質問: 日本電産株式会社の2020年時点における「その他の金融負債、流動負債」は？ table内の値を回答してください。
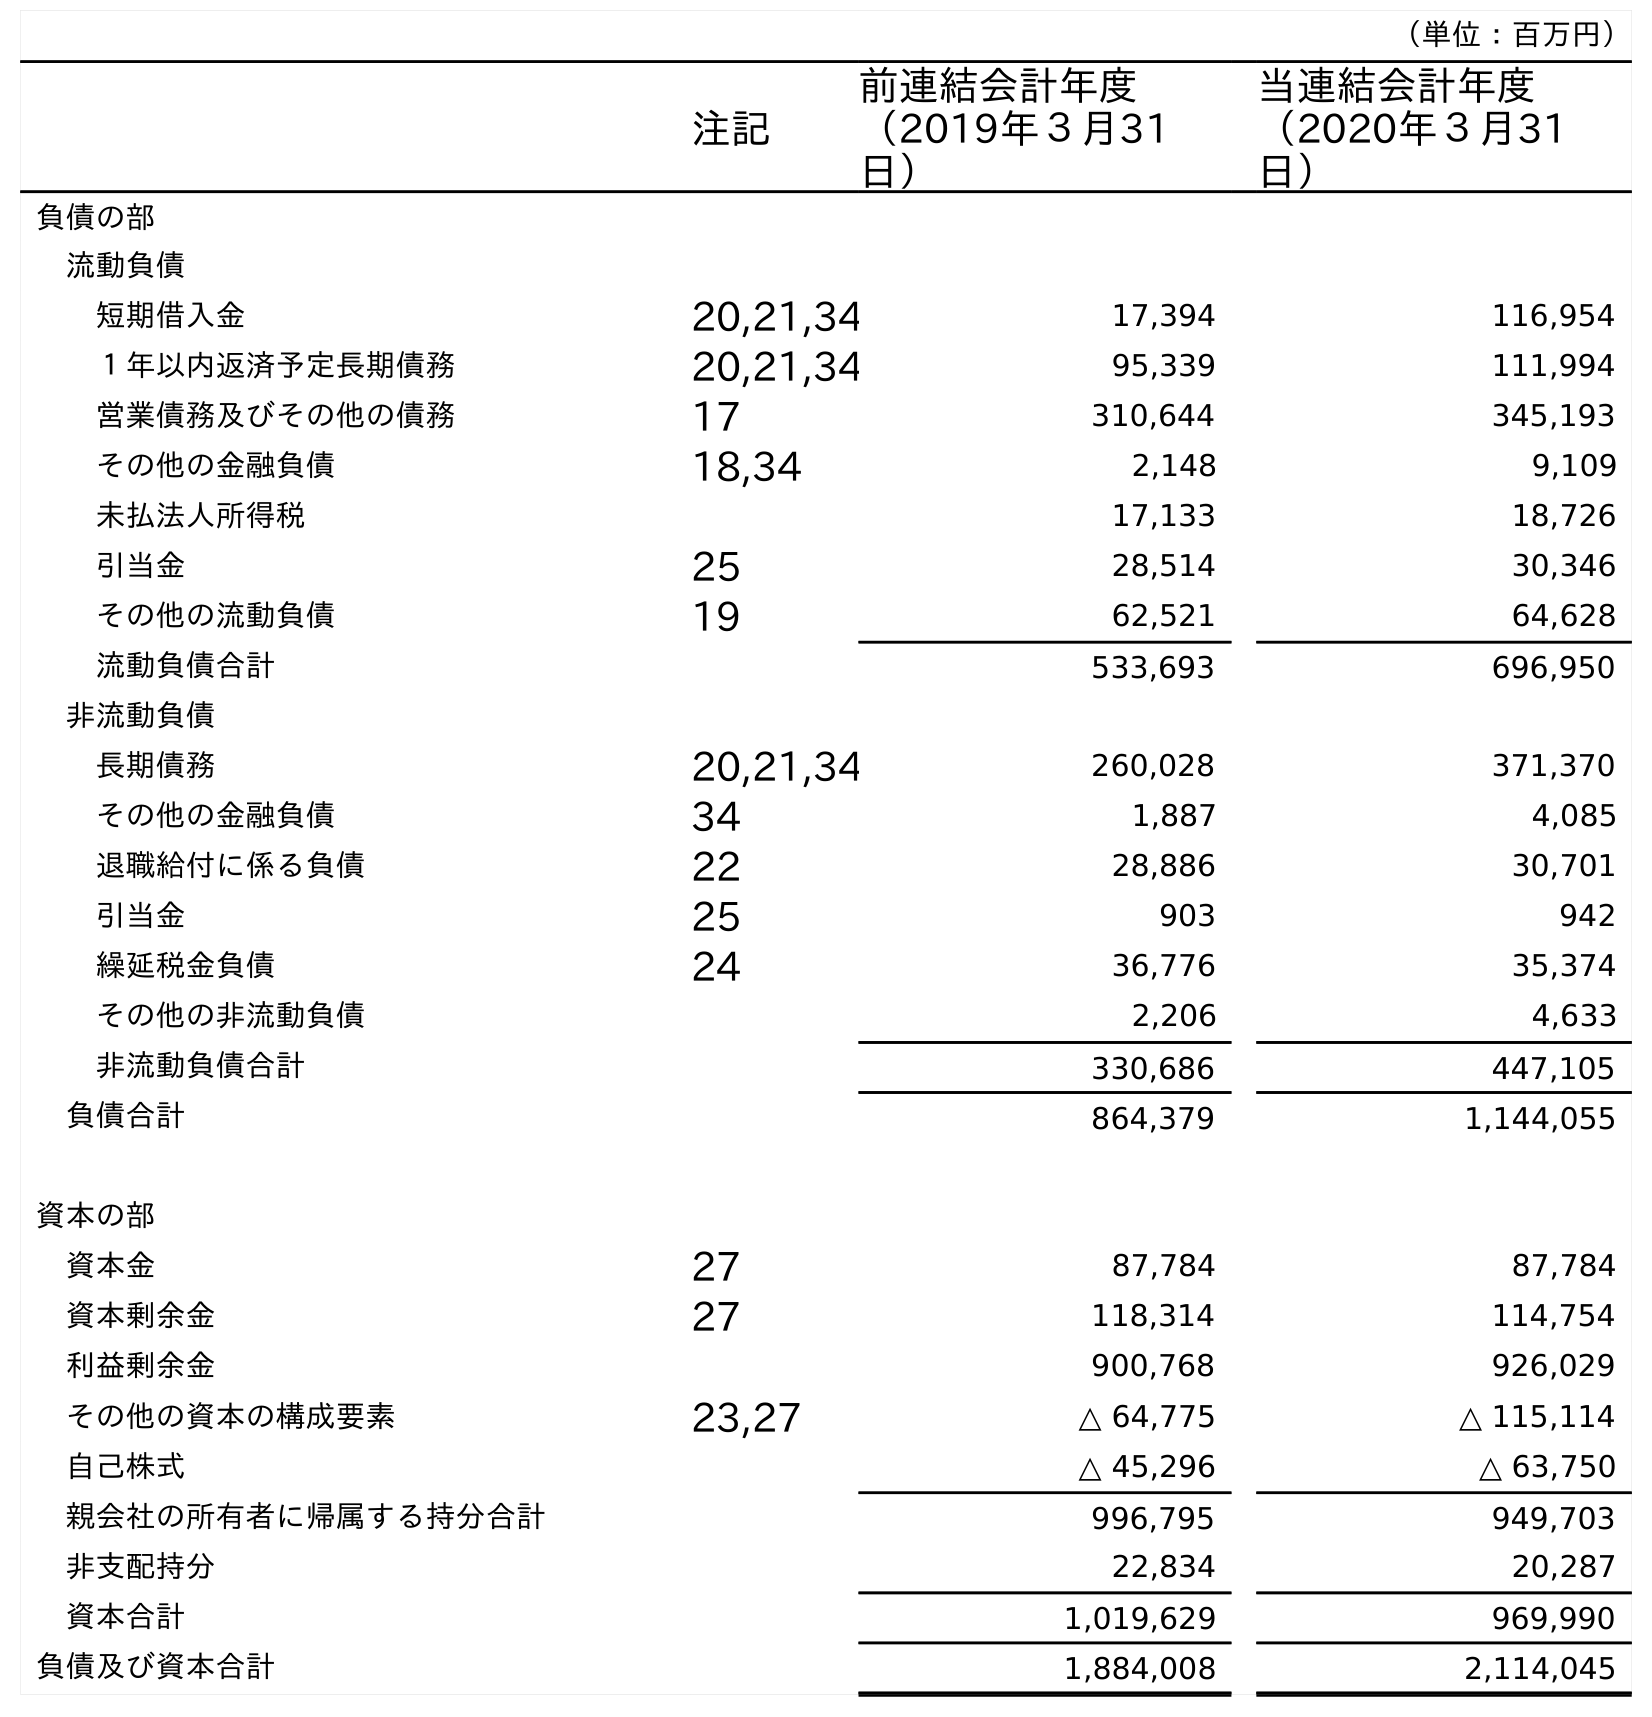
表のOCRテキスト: （単位：百万円） 注記 前連結会計年度 （2019年３月31 日） 当連結会計年度 （2020年３月31 日） 負債の部 流動負債 短期借入金 20,21,34 17,394 116,954 １年以内返済予定長期債務 20,21,34 95,339 111,994 営業債務及びその他の債務 17 310,644 345,193 その他の金融負債 18,34 2,148 9,109 未払法人所得税 17,133 18,726 引当金 25 28,514 30,346 その他の流動負債 19 62,521 64,628 流動負債合計 533,693 696,950 非流動負債 長期債務 20,21,34 260,028 371,370 その他の金融負債 34 1,887 4,085 退職給付に係る負債 22 28,886 30,701 引当金 25 903 942 繰延税金負債 24 36,776 35,374 その他の非流動負債 2,206 4,633 非流動負債合計 330,686 447,105 負債合計 864,379 1,144,055 資本の部 資本金 27 87,784 87,784 資本剰余金 27 118,314 114,754 利益剰余金 900,768 926,029 その他の資本の構成要素 23,27 △ 64,775 △ 115,114 自己株式 △ 45,296 △ 63,750 親会社の所有者に帰属する持分合計 996,795 949,703 非支配持分 22,834 20,287 資本合計 1,019,629 969,990 負債及び資本合計 1,884,008 2,114,045
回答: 9,109